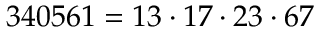
3 4 0 5 6 1 = 1 3 \cdot 1 7 \cdot 2 3 \cdot 6 7